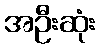
အဦးဆုံး